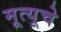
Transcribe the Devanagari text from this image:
मूत्यूचे